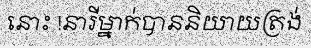
នោះ !នារីម្នាក់បាននិយាយត្រង់